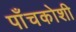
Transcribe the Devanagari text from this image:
पाँचकोशी